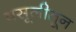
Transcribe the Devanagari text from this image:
वसूलीतून